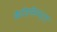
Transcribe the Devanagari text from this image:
कैजिमियर्ज़